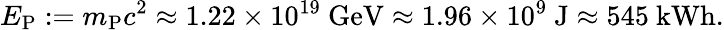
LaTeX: E_{\mathrm{P}}:=m_{\mathrm{P}}c^{2}\approx 1.22\times 10^{19}\ \mathrm{GeV}\approx 1.96\times 10^{9}\ \mathrm{J}\approx 545\ \mathrm{kWh}.